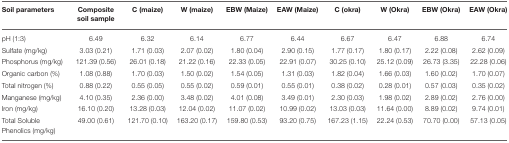
<table><thead><tr><td><b>Soil parameters</b></td><td><b>Composite soil sample</b></td><td><b>C (maize)</b></td><td><b>W (maize)</b></td><td><b>EBW (Maize)</b></td><td><b>EAW (Maize)</b></td><td><b>C (okra)</b></td><td><b>W (Okra)</b></td><td><b>EBW (Okra)</b></td><td><b>EAW (Okra)</b></td></tr></thead><tbody><tr><td>pH (1:3)</td><td>6.49</td><td>6.32</td><td>6.14</td><td>6.77</td><td>6.44</td><td>6.67</td><td>6.47</td><td>6.88</td><td>6.74</td></tr><tr><td>Sulfate (mg/kg)</td><td>3.03 (0.21)</td><td>1.71 (0.03)</td><td>2.07 (0.02)</td><td>1.80 (0.04)</td><td>2.90 (0.15)</td><td>1.77 (0.17)</td><td>1.80 (0.17)</td><td>2.22 (0.08)</td><td>2.62 (0.09)</td></tr><tr><td>Phosphorus (mg/kg)</td><td>121.39 (0.56)</td><td>26.01 (0.18)</td><td>21.22 (0.16)</td><td>22.33 (0.05)</td><td>22.91 (0.07)</td><td>30.25 (0.10)</td><td>25.12 (0.09)</td><td>26.73 (3.35)</td><td>22.28 (0.06)</td></tr><tr><td>Organic carbon (%)</td><td>1.08 (0.88)</td><td>1.70 (0.03)</td><td>1.50 (0.02)</td><td>1.54 (0.05)</td><td>1.31 (0.03)</td><td>1.82 (0.04)</td><td>1.66 (0.03)</td><td>1.60 (0.02)</td><td>1.70 (0.07)</td></tr><tr><td>Total nitrogen (%)</td><td>0.88 (0.22)</td><td>0.55 (0.05)</td><td>0.55 (0.02)</td><td>0.59 (0.01)</td><td>0.55 (0.01)</td><td>0.38 (0.02)</td><td>0.28 (0.01)</td><td>0.57 (0.03)</td><td>0.35 (0.02)</td></tr><tr><td>Manganese (mg/kg)</td><td>4.10 (0.35)</td><td>2.36 (0.00)</td><td>3.48 (0.02)</td><td>4.01 (0.08)</td><td>3.49 (0.01)</td><td>2.30 (0.03)</td><td>1.98 (0.02)</td><td>2.89 (0.02)</td><td>2.76 (0.00)</td></tr><tr><td>Iron (mg/kg)</td><td>16.10 (0.20)</td><td>13.28 (0.03)</td><td>12.04 (0.02)</td><td>11.07 (0.02)</td><td>10.99 (0.02)</td><td>13.03 (0.03)</td><td>11.64 (0.00)</td><td>8.89 (0.02)</td><td>9.74 (0.01)</td></tr><tr><td>Total Soluble Phenolics (mg/kg)</td><td>49.00 (0.61)</td><td>121.70 (0.10)</td><td>163.20 (0.17)</td><td>159.80 (0.53)</td><td>93.20 (0.75)</td><td>167.23 (1.15)</td><td>22.24 (0.53)</td><td>70.70 (0.00)</td><td>57.13 (0.05)</td></tr></tbody></table>